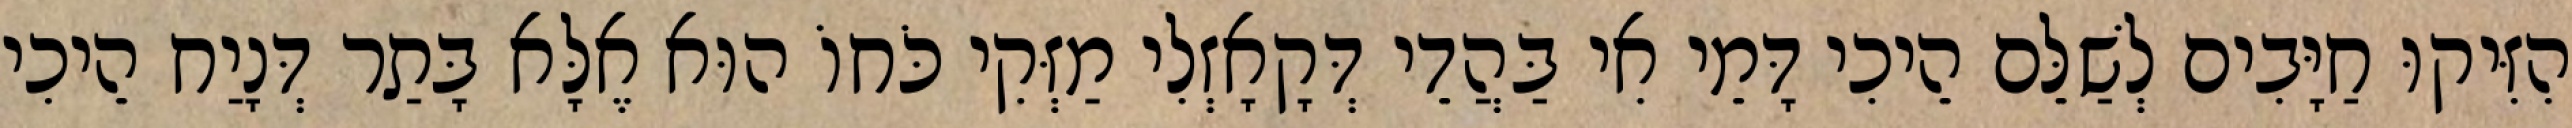
הִזִּיקוּ חַיָּבִים לְשַׁלֵּם הֵיכִי דָּמֵי אִי בַּהֲדֵי דְּקָאָזְלִי מַזְּקִי כֹּחוֹ הוּא אֶלָּא בָּתַר דְּנָיַח הֵיכִי